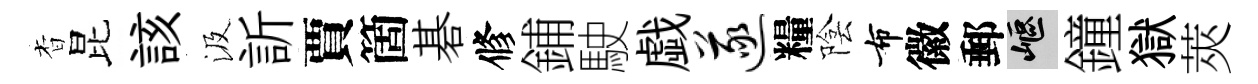
杳昆該汲訢賈箇碁修鋪駛戯遂糧陰布徽郵嶇鐘獄莢